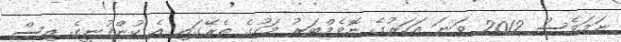
ނަމަވެސް 2012 ވަނަ އަހަރުގެ ނޮވެމްބަރު މަހުގެ ތެރޭގައި އެ ކުންފުނީގެ އިސް